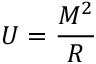
U = { \frac { M ^ { 2 } } { R } }